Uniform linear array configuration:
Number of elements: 4
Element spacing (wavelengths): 1
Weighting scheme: kaiser
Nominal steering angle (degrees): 0
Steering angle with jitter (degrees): -0.7151
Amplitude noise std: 0.05
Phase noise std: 0.05

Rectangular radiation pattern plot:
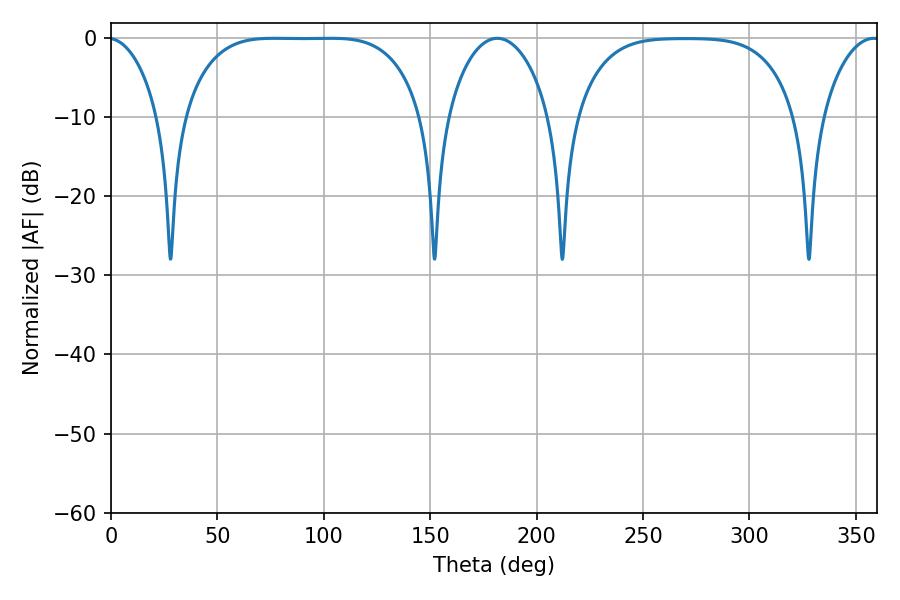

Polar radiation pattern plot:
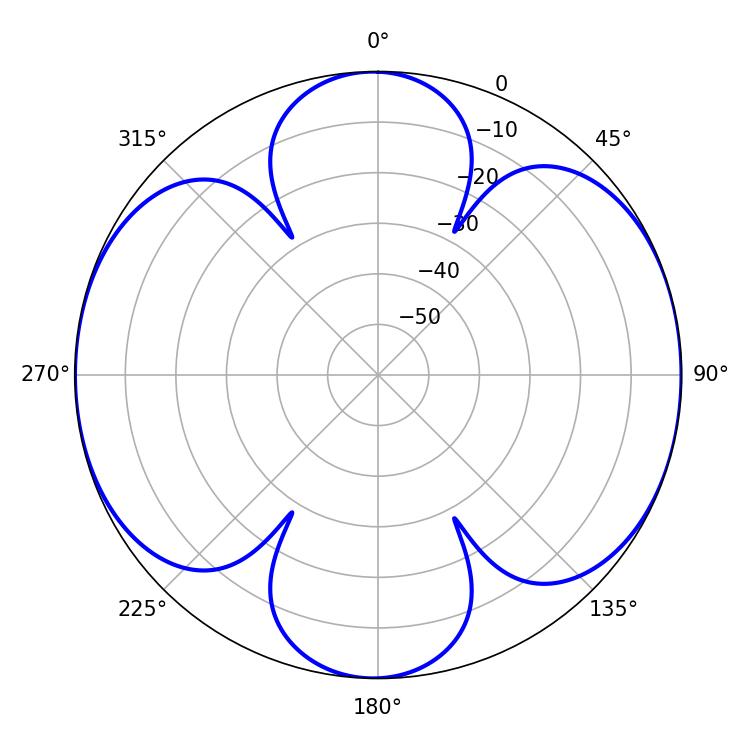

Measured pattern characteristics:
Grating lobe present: TRUE
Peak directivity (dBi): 12.138
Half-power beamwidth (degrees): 85.68
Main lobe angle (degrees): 76.68